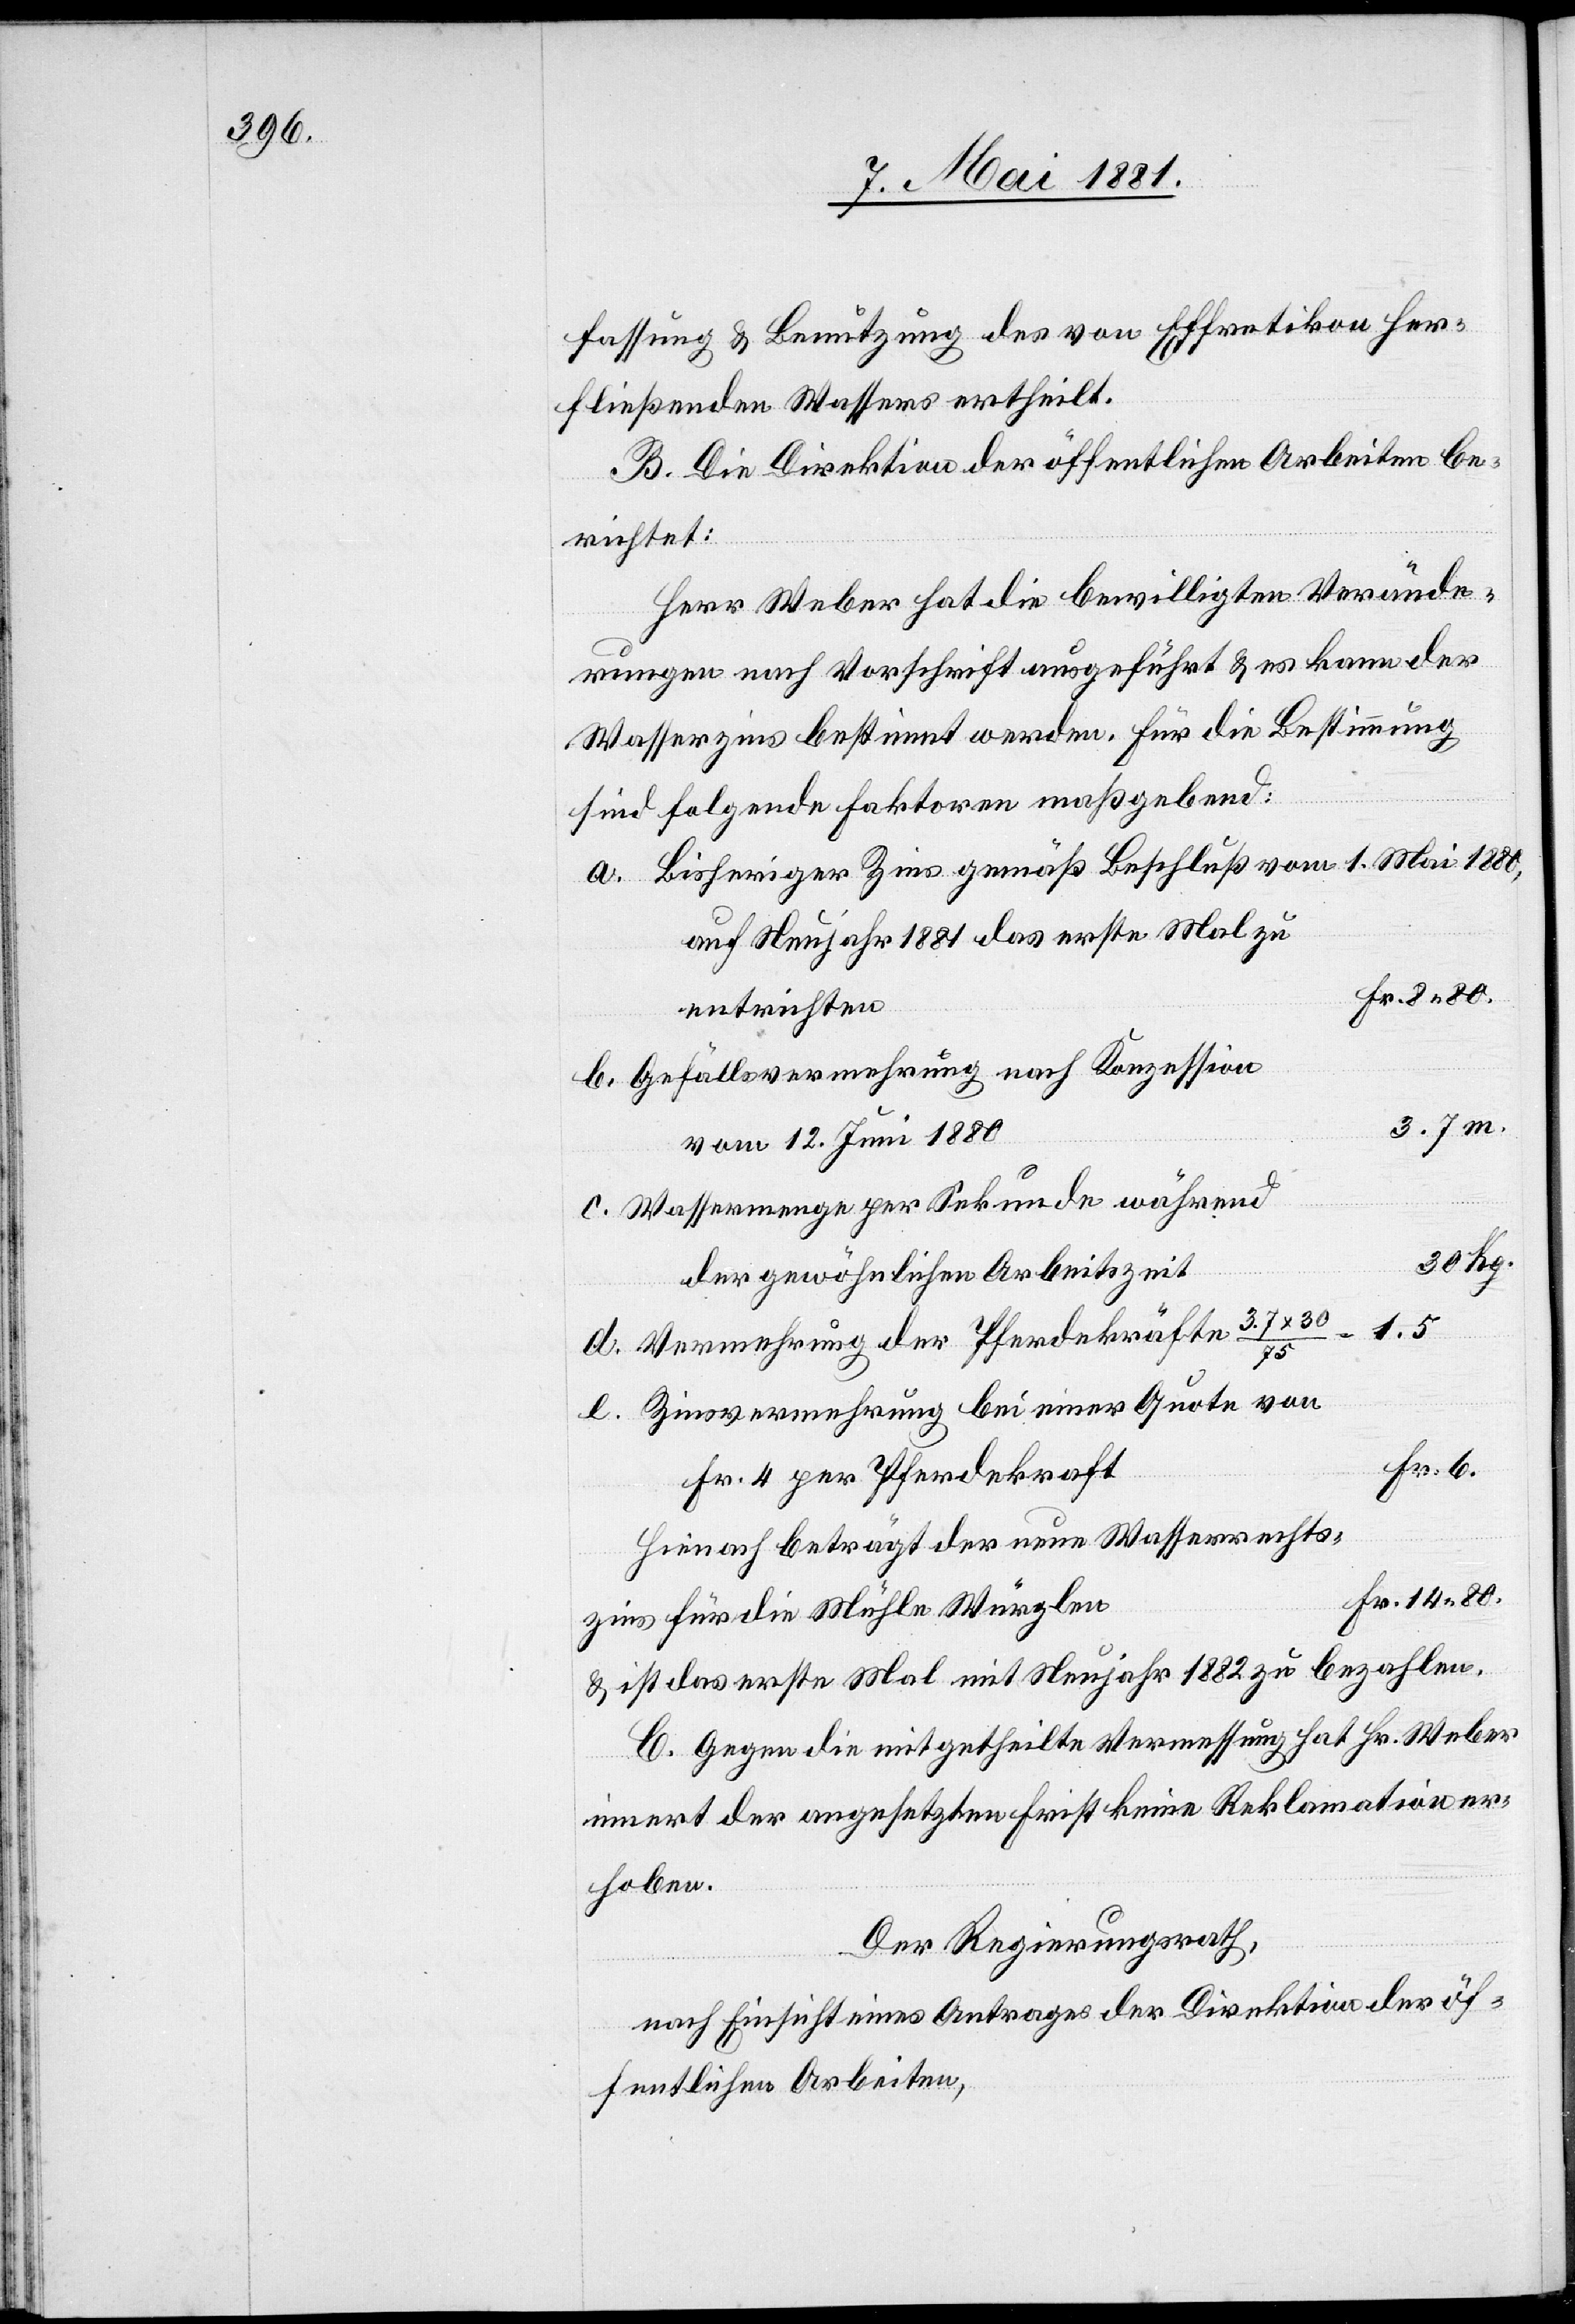
fassung & Benutzung des von Effretikon her¬
fließenden Wassers ertheilt.
B. Die Direktion der öffentlichen Arbeiten be¬
richtet:
Herr Weber hat die bewilligten Verände¬
rungen nach Vorschrift ausgeführt & es kann der
Wasserzins bestimmt werden. Für die Bestimmung
sind folgende Faktoren maßgebend:
Bisheriger ins gemäß Beschluß vom 1. Mai 1880,
auf Neujahr 1881 das erste Mal zu
Fr. 8. 80.
entrichten
Gefällsvermehrung nach Konzession
vom 12. Juni 1880
Wassermenge per Sekunde während
30 / 75
der gewöhnlichen Arbeitszeit
1.5
14.
Vermehrung der Pferdekräftee
80.
Zinsvermehrung bei einer Quote von
Fr. 6.
Fr. 4 per Pferdekraft
Hienach beträgt der neue Wasserrechts¬
zins für die Mühle Würglen
& ist das erste Mal mit Neujahr 1882 zu bezahlen.
C. Gegen die mitgetheilte Vermessung hat Hr. Weber
innert der angesetzten Frist keine Reklamation er¬
hoben.
Der Regierungsrath,
nach Einsicht eines Antrages der Direktion der öf¬
fentlichen Arbeiten,